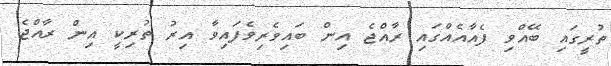
ތުރީގައި ބޭއްވި ފެއާއެއްގައި ރާއްޖެ އިން ބައިވެރިވެފައިވާ އިރު ތުރިކީ އިން ރާއްޖެ